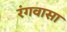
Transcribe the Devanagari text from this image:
रंगवासा